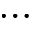
\dots